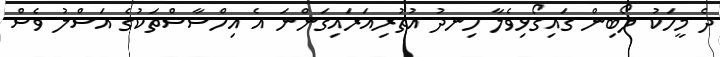
ދެ މީހަކު ލޯބިން ގައިގޯޅިވެލާ ހިނދު އުތުރިއަރައިގަންނަ އެ އިހްސާސްތަކުގެ އަސްލު ވެސް